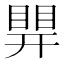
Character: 𥈪